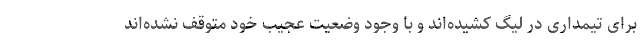
برای تیمداری در لیگ کشیده‌اند و با وجود وضعیت عجیب خود متوقف نشده‌اند